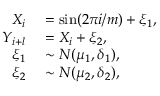
\begin{array} { r l } { X _ { i } } & { { } = \sin ( 2 \pi i / m ) + \xi _ { 1 } , } \\ { Y _ { i + l } } & { { } = X _ { i } + \xi _ { 2 } , } \\ { \xi _ { 1 } } & { { } \sim N ( \mu _ { 1 } , \delta _ { 1 } ) , } \\ { \xi _ { 2 } } & { { } \sim N ( \mu _ { 2 } , \delta _ { 2 } ) , } \end{array}